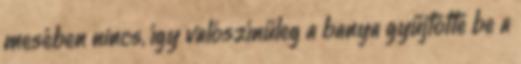
mesében nincs, így valószínűleg a banya gyűjtötte be a